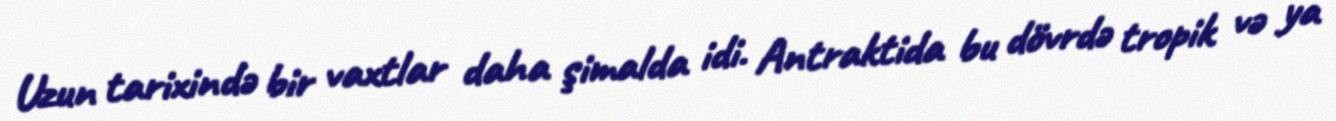
Uzun tarixində bir vaxtlar daha şimalda idi. Antraktida bu dövrdə tropik və ya